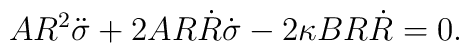
A R^2 \ddot\sigma + 2AR \dot R \dot\sigma - 2 \kappa BR\dot R =0.